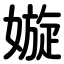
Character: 嫙